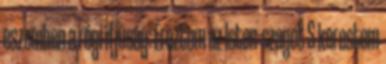
eszemben a régi ifjúság: Éreztem az Isten-szagot S kerestem